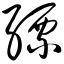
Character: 缥